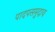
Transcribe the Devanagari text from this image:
पादपसमुदाय